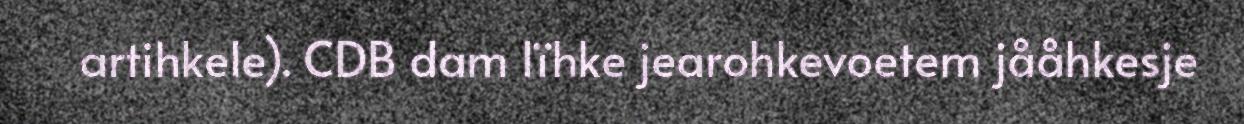
artihkele). CDB dam lïhke jearohkevoetem jååhkesje